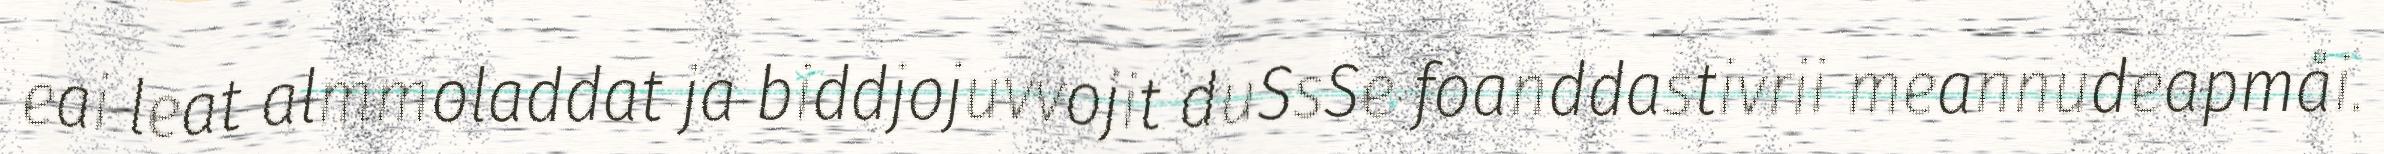
eai leat almmoladdat ja biddjojuvvojit duSsSe foanddastivrii meannudeapmåi.